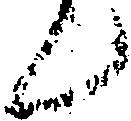
ん